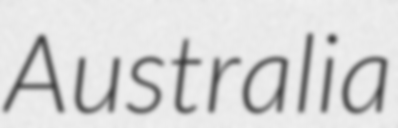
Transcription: Australia